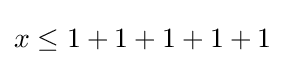
x\leq 1+1+1+1+1